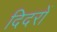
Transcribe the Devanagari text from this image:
दिदरों